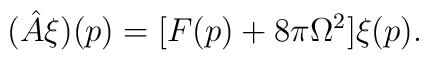
(\hat{A}\xi)(p)=[F(p)+8\pi\Omega^2]\xi(p).